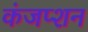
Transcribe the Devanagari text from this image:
कंजप्शन